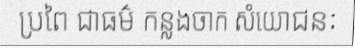
ប្រពៃ ជាធម៌ កន្លងចាក សំយោជនៈ